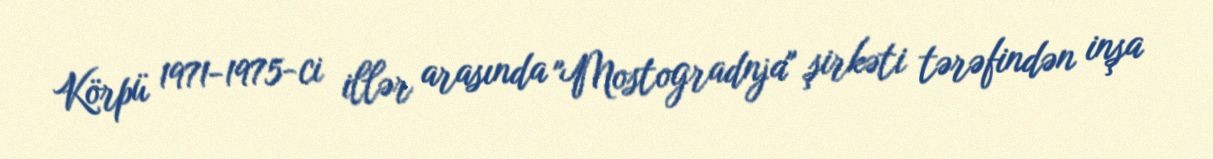
Körpü 1971-1975-ci illər arasında "Mostogradnja" şirkəti tərəfindən inşa